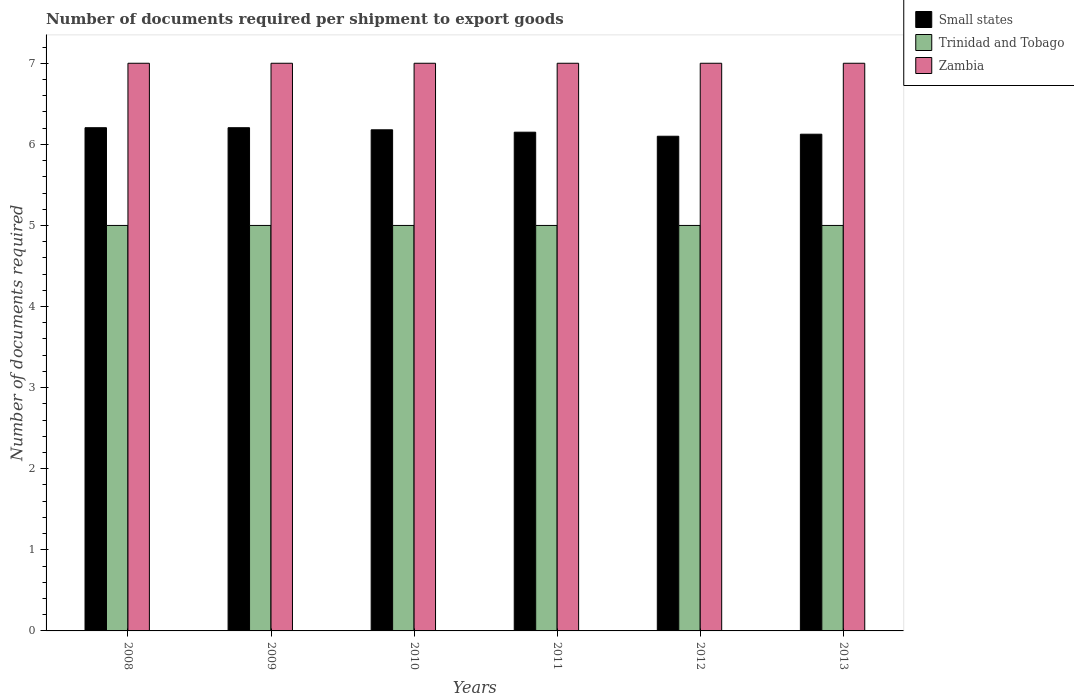
| Years | Small states | Trinidad and Tobago | Zambia |
 | --- | --- | --- | --- |
 | 2008 | 6.21 | 5 | 7 |
 | 2009 | 6.21 | 5 | 7 |
 | 2010 | 6.18 | 5 | 7 |
 | 2011 | 6.15 | 5 | 7 |
 | 2012 | 6.1 | 5 | 7 |
 | 2013 | 6.12 | 5 | 7 |